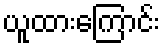
ယူထားကြောင်း